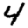
Digit: 4